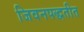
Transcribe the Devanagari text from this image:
जिवनपद्धतीत